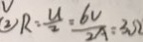
( 2 ) R : \frac { U } { 2 } = \frac { 6 V } { 2 A } = 3 \Omega